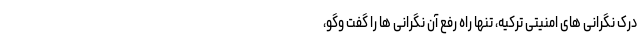
درک نگرانی های امنیتی ترکیه، تنها راه رفع آن نگرانی ها را گفت وگو،